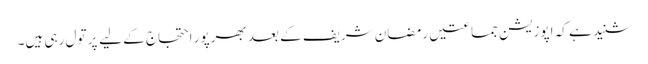
شنید ہے کہ اپوزیشن جماعتیں رمضان شریف کے بعد بھرپور احتجاج کے لیے پَر تول رہی ہیں۔